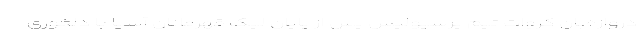
دروازه‌بان کروات تیم پرسپولیس پس از پایان لیگ قهرمانان آسیا با دلخوری